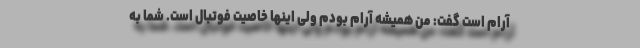
آرام است گفت: من همیشه آرام بودم ولی اینها خاصیت فوتبال است. شما به